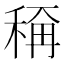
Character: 𬓭